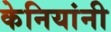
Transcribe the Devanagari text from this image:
केनियांनी